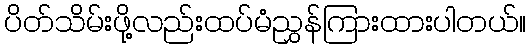
ပိတ်သိမ်းဖို့လည်းထပ်မံညွှန်ကြားထားပါတယ်။